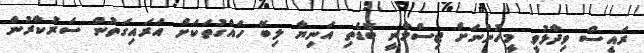
ރައީސް ވިދާޅުވީ މީހުންނަށް ޖިސްމާނީ ބޮޑެތި އަނިޔާ ލިބޭ ހައްގުތަކަށް އަރައިގަތުން ސަރުކާރުން